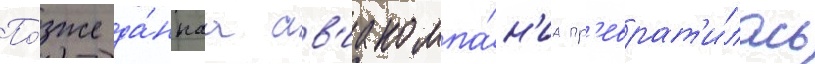
По́зже да́ннаа ав'иакомпа́н'иа пр'еврат'и́лась